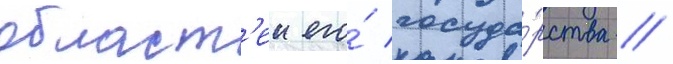
област'еи его́ госуда́рства //